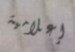
إعلامية